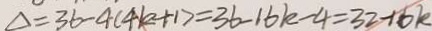
\Delta = 3 6 - 4 ( 4 k + 1 ) = 3 6 - 1 6 k - 4 = 3 2 - 1 6 k